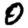
Digit: 0